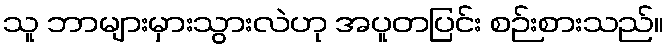
သူ ဘာများမှားသွားလဲဟု အပူတပြင်း စဉ်းစားသည်။